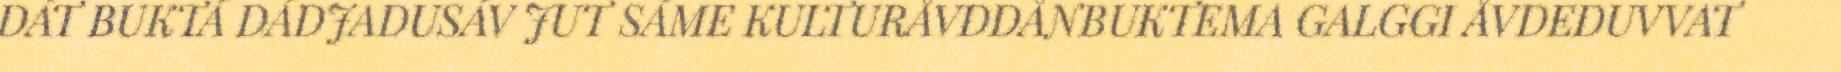
DÁT BUKTÁ DÁDJADUSÁV JUT SÁME KULTURÅVDDÅNBUKTEMA GALGGI ÅVDEDUVVAT